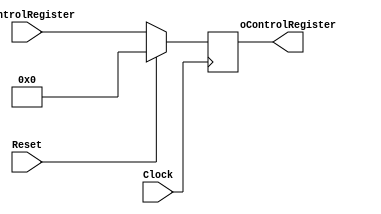
module ControlRegister
(
	input wire Clock,
	input wire Reset,
	input wire[15:0]	iControlRegister,
	output wire[15:0] oControlRegister
);

reg [15:0] rControlRegister;

assign oControlRegister = rControlRegister;

always @ (posedge Clock)
begin
	if ( Reset )
		rControlRegister <= 16'b0;
	else
	begin
		rControlRegister <= iControlRegister;
	end
end

endmodule